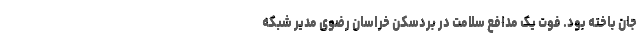
جان باخته بود. فوت یک مدافع سلامت در بردسکن خراسان رضوی مدیر شبکه